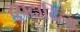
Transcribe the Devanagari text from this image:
द्रुपदादित्य